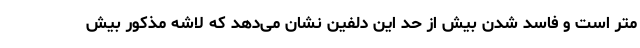
متر است و فاسد شدن بیش از حد این دلفین نشان می‌دهد که لاشه مذکور بیش